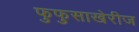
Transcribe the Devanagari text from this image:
फुफुसाखेरीज